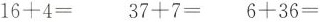
$$1 6 + 4 =$$ $$3 7 + 7 =$$ $$6 + 3 6 =$$